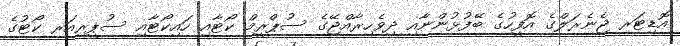
އޮޑިޓަރ ޖެނެރަލްގެ އޮފީހުގެ ބޭފުޅުންނާއި ދިވެހިރާއްޖޭގެ ސުޕްރީމް ކޯޓާއި ހައިކޯޓާއި ސުޕީރިއަރ ކޯޓުގެ